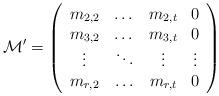
LaTeX: \begin{align*} \mathcal M' = \left(\begin{array}{cccc} m_{2,2} & \dots & m_{2,t} & 0\\ m_{3,2} & \dots & m_{3,t} & 0 \\ \vdots & \ddots & \vdots & \vdots \\ m_{r,2} & \hdots & m_{r,t} & 0\end{array}\right)\end{align*}